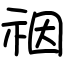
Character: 䄄